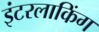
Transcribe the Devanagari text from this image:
इंटरलाकिंग